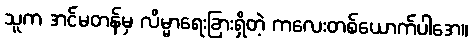
သူက အင်မတန်မှ လိမ္မာရေးခြားရှိတဲ့ ကလေးတစ်ယောက်ပါအေ။